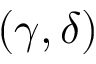
( \gamma , \delta )